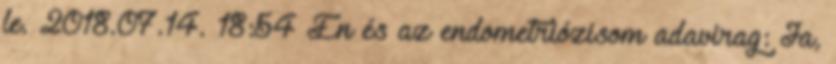
le. 2018.07.14. 18:54 Én és az endometriózisom adavirag: Ja,